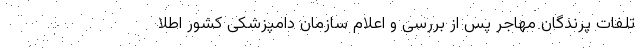
تلفات پرندگان مهاجر پس از بررسی و اعلام سازمان دامپزشکی کشور اطلا